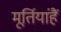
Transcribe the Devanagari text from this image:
मूर्तियांहैं